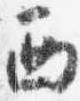
西